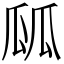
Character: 㼌